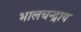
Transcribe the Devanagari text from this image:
भालचन्द्राय